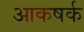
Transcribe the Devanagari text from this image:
आकषर्क